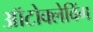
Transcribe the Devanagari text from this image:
ऑटोक्लेविंग